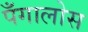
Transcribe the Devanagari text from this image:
पँगालोस